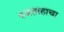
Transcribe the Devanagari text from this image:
स्वताहाचा